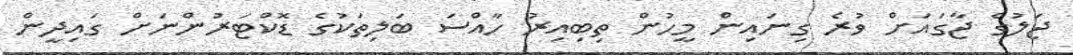
ޖަލުގެ ޖާގައަށް ވުރެ ގިނައިން މީހުން ތިބިއިރު ހާއްސަ ބަލިތަކުގެ ޑޮކްޓަރުންނަށް ގައިދީން